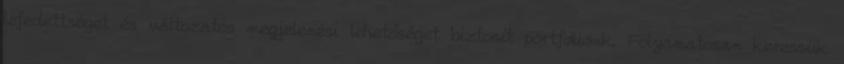
lefedettséget és változatos megjelenési lehetőséget biztosít portfóliónk. Folyamatosan keressük